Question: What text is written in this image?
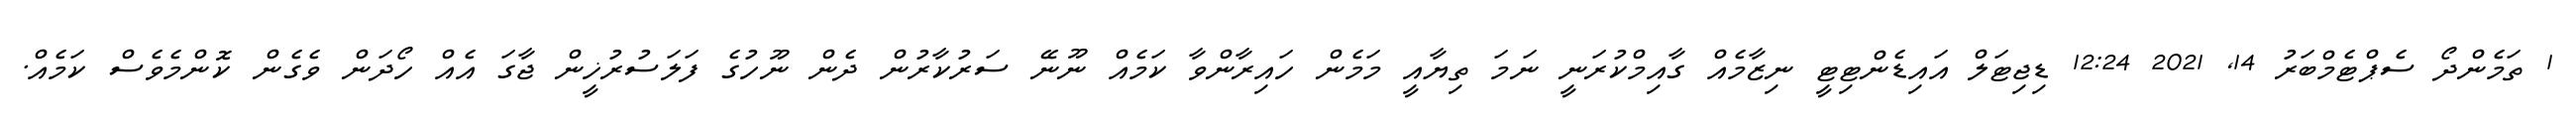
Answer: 1 ތަމެންދޯ ސެޕްޓެމްބަރު 14, 2021 12:24 ޑިޖިޓަލް އައިޑެންޓިޓީ ނިޒާމެއް ގާއިމްކުރަނީ ނަމަ ތިޔާއީ މަމެން ހައިރާންވާ ކަމެއް ނޫނޭ ސަރުކާރުން ދެން ނޫހުގެ ފަލަސުރުޚީން ޖާގަ އެއް ހޯދަން ވެގެން ކޮންމެވެސް ކަމެއް.